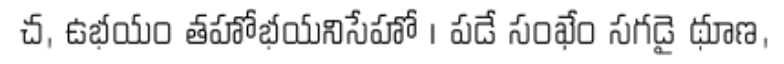
చ, ఉభయం తహోభయనిసేహో । పడే సంఖేం సగడై థూణ,